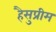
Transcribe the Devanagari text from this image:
हैसुप्रीम